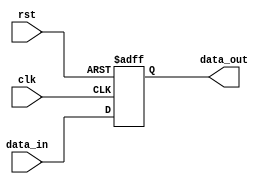
module sequential_logic (
    input clk,
    input rst,
    input data_in,
    output reg data_out
);

always @ (posedge clk or negedge rst) begin
    if (~rst) begin
        data_out <= 1'b0; // Reset the output signal to '0'
    end else begin
        // Perform logic operations on data_in 
        // and assign result to data_out
        data_out <= data_in; 
    end
end

endmodule